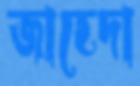
জাহেদা